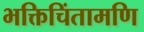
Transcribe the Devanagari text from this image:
भक्तिचिंतामणि